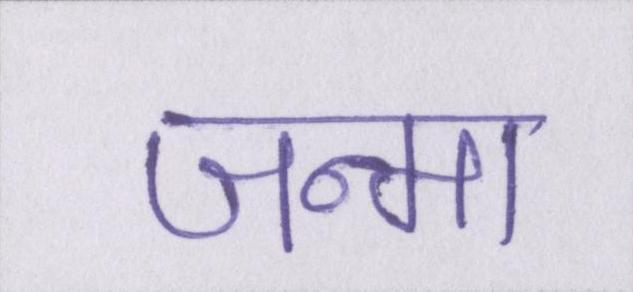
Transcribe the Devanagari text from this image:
जन्मा